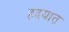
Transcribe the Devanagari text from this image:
हदयात